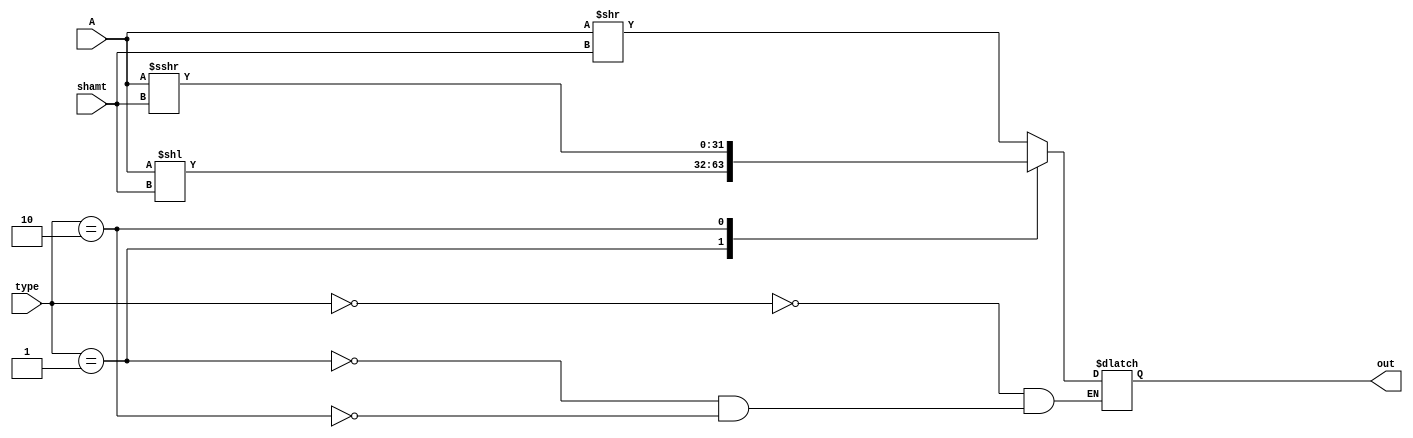
`timescale 1ns / 1ps
//////////////////////////////////////////////////////////////////////////////////
// Company: 
// Engineer: 
// 
// Design Name: 
// Module Name: Shifter
// Project Name: 
// Target Devices: 
// Tool Versions: 
// Description: 
// 
// Dependencies: 
// 
// Revision:
// Revision 0.01 - File Created
// Additional Comments:
// 
//////////////////////////////////////////////////////////////////////////////////


module Shifter( input wire signed [31:0] A , input [4:0] shamt , input [1:0] type , output reg [31:0] out );

//`define     ALU_SRL         4'b10_00
//`define     ALU_SRA         4'b10_10
//`define     ALU_SLL         4'b10_01
always@(*) 
   begin 
       case (type)
        2'b00 : out =  A >> shamt;
        2'b01 : out = A << shamt;
        2'b10 : out = A >>> shamt;
        endcase
    end
endmodule